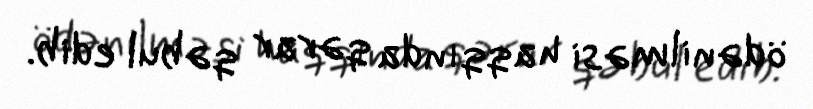
ödənilməsi haqqında qərar qəbul edib.